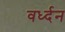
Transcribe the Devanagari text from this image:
वर्ध्दन